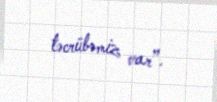
təcrübəmiz var”.